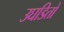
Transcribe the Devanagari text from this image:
उघडितों